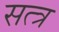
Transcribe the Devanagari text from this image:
सत्त्र